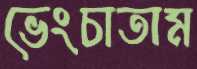
ভেংচাতাম